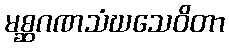
မစ္ဆဂဏသံဃသေဝိတာ